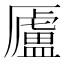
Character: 𠫂